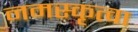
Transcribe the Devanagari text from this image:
नमस्कृत्वा